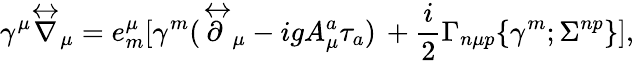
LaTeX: \gamma^{\mu}{\stackrel{\leftrightarrow}{\nabla}}_{\mu}=e_{m}^{\mu}[\gamma^{m}(\stackrel{\leftrightarrow}{\partial}_{\mu}-igA_{\mu}^{a}\tau_{a})\, +{\frac{i}{2}}\Gamma_{n\mu p}\{ \gamma^{m};\Sigma^{np}\} ],